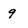
Character: 9